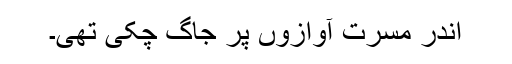
اندر مسرت آوازوں پر جاگ چکی تھی۔